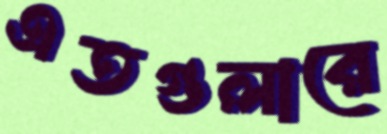
এতগুলারে